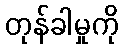
တုန်ခါမှုကို